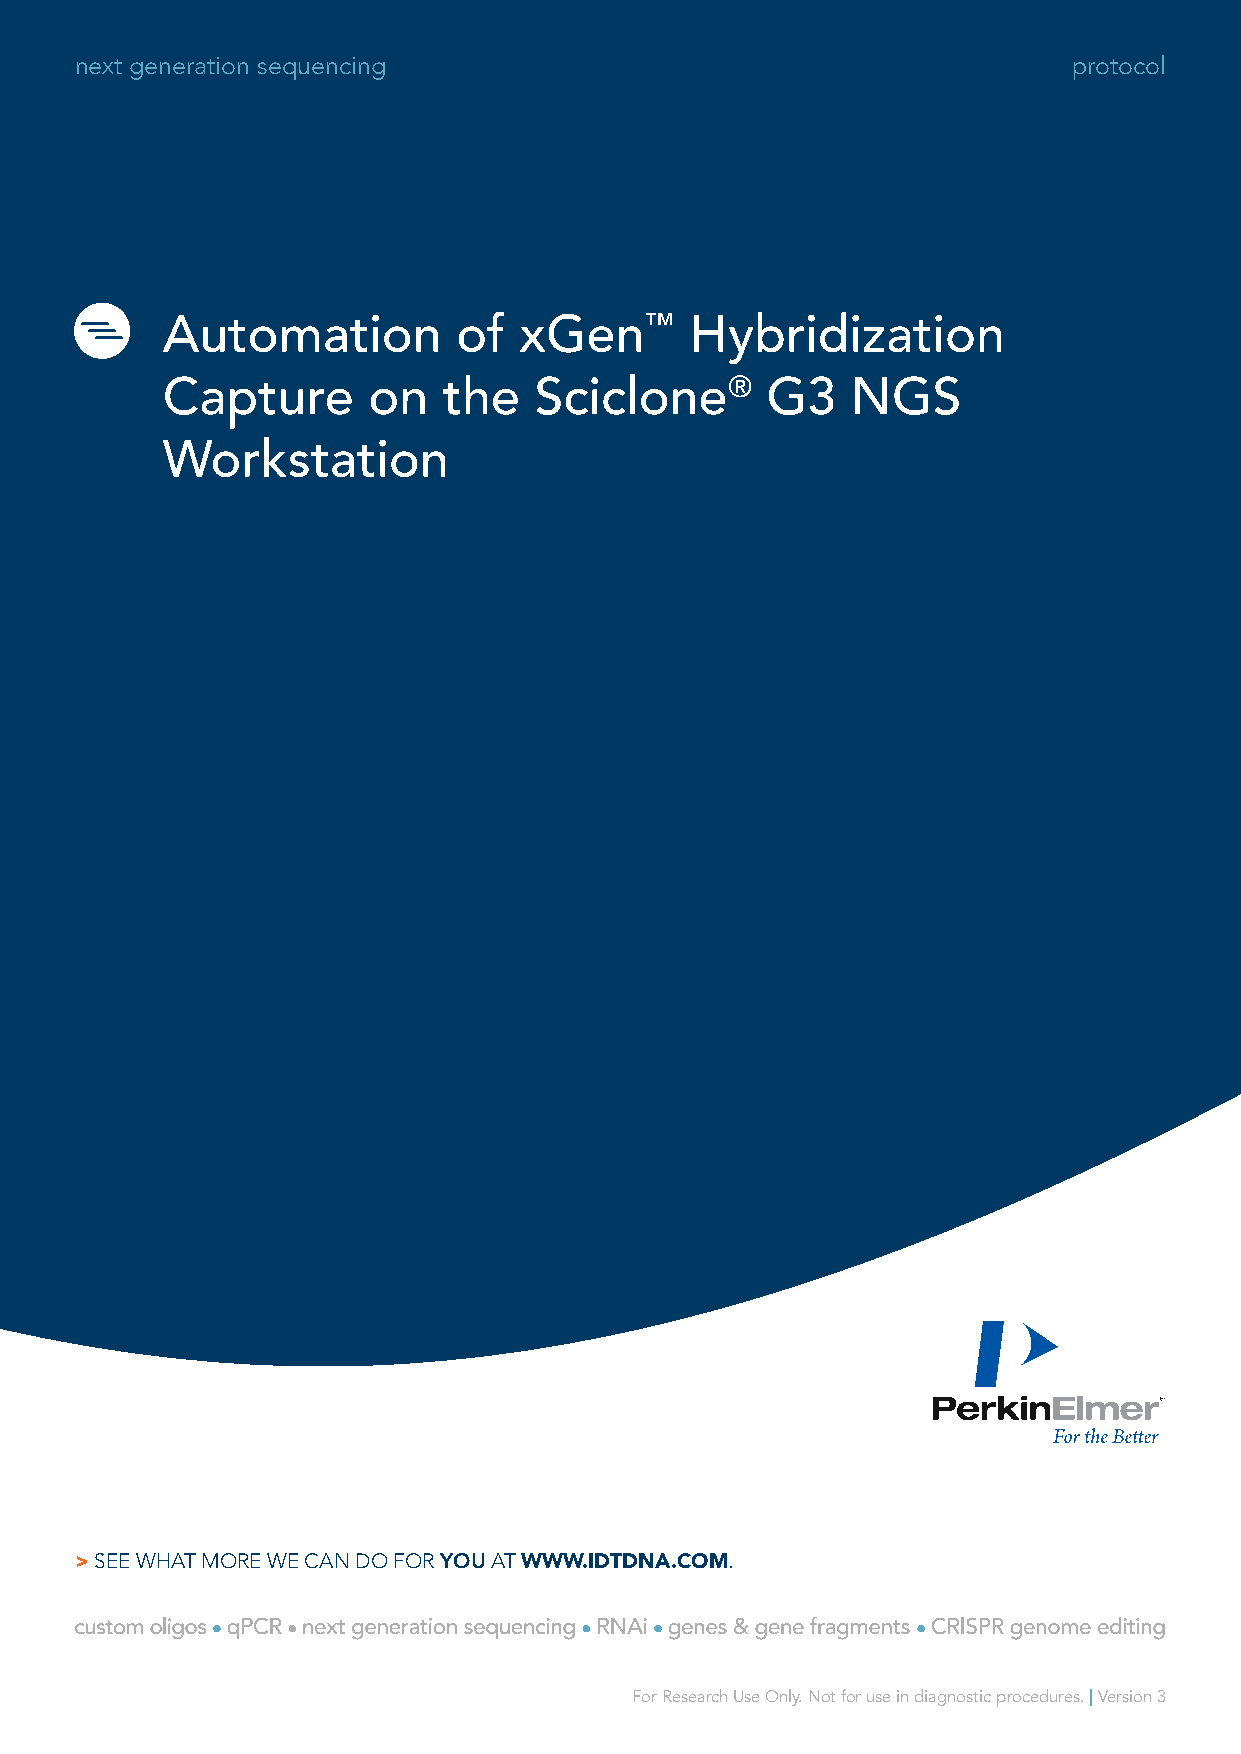
next generation sequencing                                        protocol
 Automation         of  xGen™       Hybridization
 Capture      on   the   Sciclone®       G3   NGS
 Workstation
 > SEE WHAT MORE WE CAN DO FOR YOU AT WWW.IDTDNA.COM.
 For Research Use Only. Not for use in diagnostic procedures. | Version 3